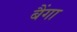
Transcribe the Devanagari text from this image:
बैंगा